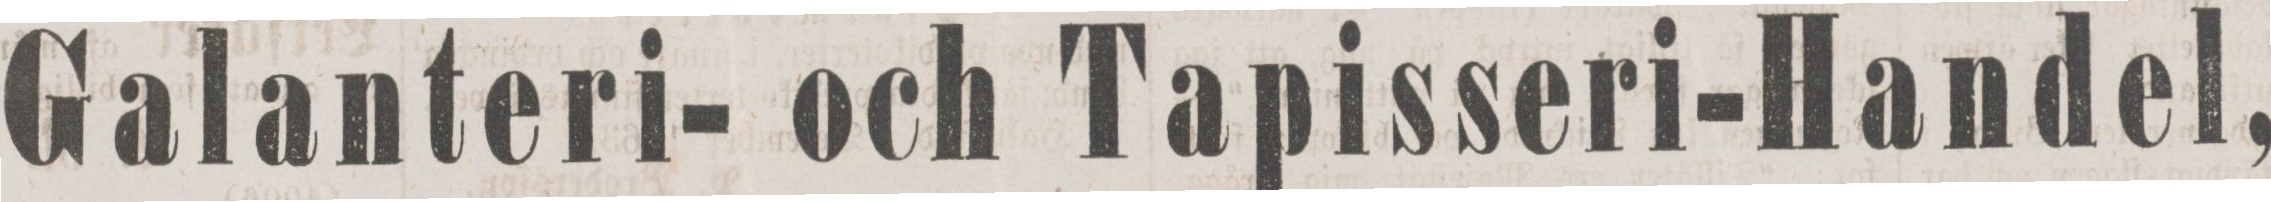
Galanteri- och Tapisseri-Handel,